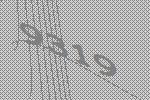
9319